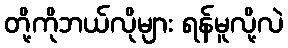
တို့ကိုဘယ်လိုများ ရန်မူလို့လဲ